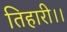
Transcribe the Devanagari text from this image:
तिहारी।।